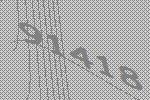
91418